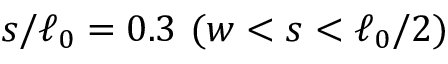
s / \ell _ { 0 } = 0 . 3 \ ( w < s < \ell _ { 0 } / 2 )